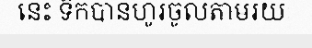
នេះ ទឹកបានហូរចូលតាមរយៈ